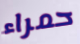
حمراء